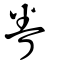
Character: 眷